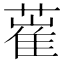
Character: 𦸏